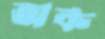
অক